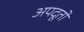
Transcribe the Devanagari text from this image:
अपदूतों